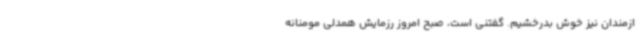
ازمندان نیز خوش بدرخشیم. گفتنی است، صبح امروز رزمایش همدلی مومنانه